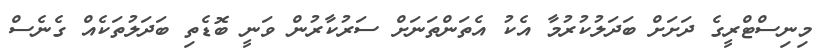
މިނިސްޓްރީގެ ދަށަށް ބަދަލުކުރުމާ އެކު އެތަންތަނަށް ސަރުކާރުން ވަނީ ބޮޑެތި ބަދަލުތަކެއް ގެނެސް